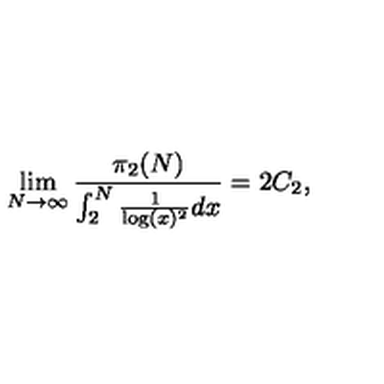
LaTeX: \lim _ { N \rightarrow \infty } \frac { \pi _ { 2 } ( N ) } { \int _ { 2 } ^ { N } \frac { 1 } { \log ( x ) ^ { 2 } } d x } = 2 C _ { 2 } ,